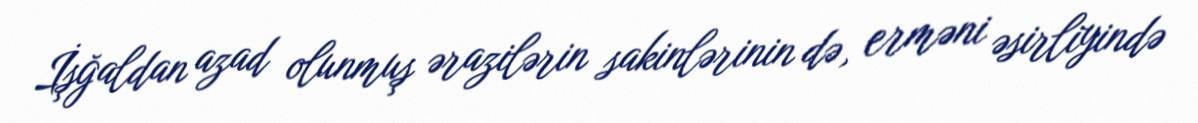
İşğaldan azad olunmuş ərazilərin sakinlərinin də, erməni əsirliyində